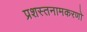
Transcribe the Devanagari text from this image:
प्रशस्तनामकरणो